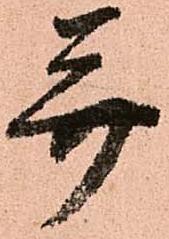
并